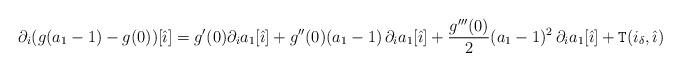
LaTeX: \begin{align*}\partial_i (g(a_1-1)-g(0)) [\hat{\imath}]=g'(0)\partial_i a_1[\hat{\imath}]+g''(0)(a_1-1)\,\partial_i a_1[\hat{\imath}]+\frac{g'''(0)}{2} (a_1-1)^2\,\partial_i a_1[\hat{\imath}]+\mathtt{T}(i_{\delta}, \hat{\imath})\end{align*}